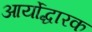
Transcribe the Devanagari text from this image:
आर्योद्धारक